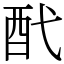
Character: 䣧